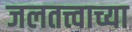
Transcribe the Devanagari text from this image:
जलतत्त्वाच्या